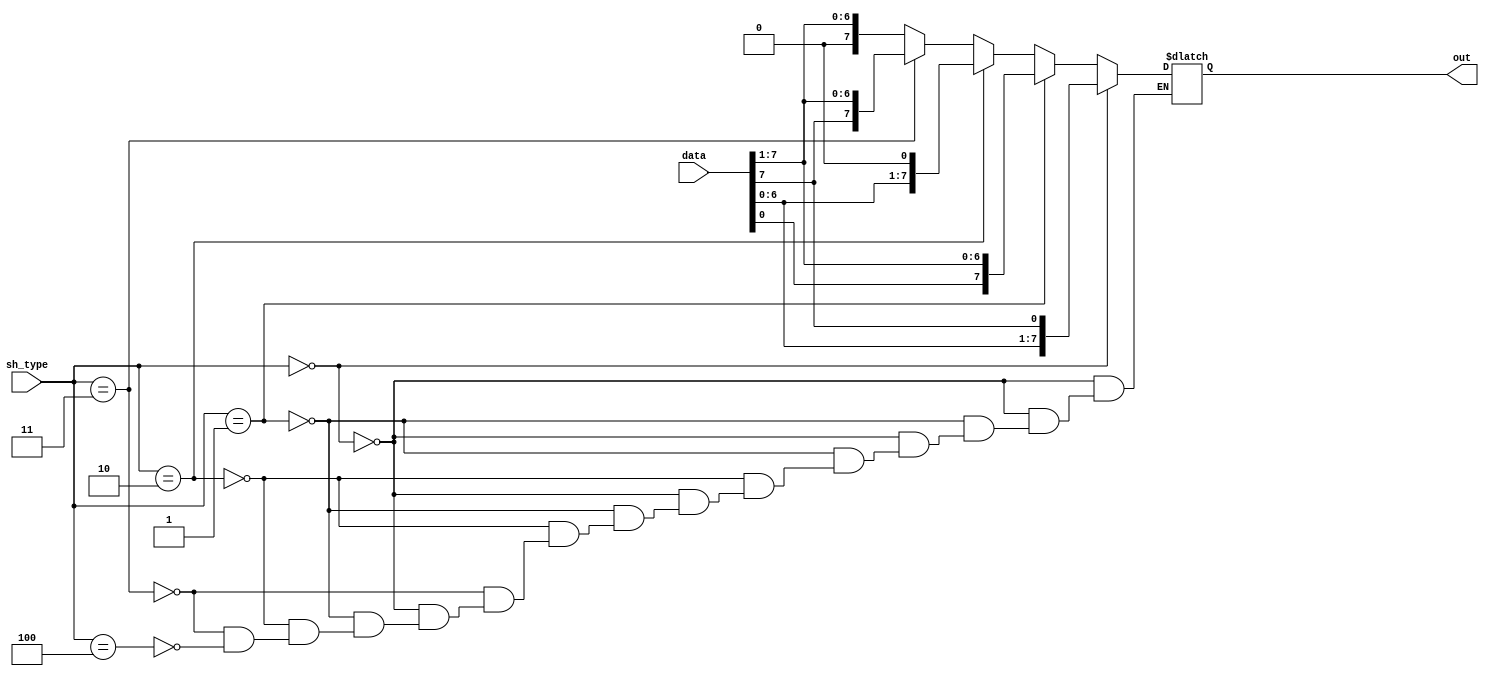

module shifter(data, sh_type, out);
	input [7:0] data;
	input [2:0] sh_type;
	
	output reg [7:0] out;
	
	always @(*)
	begin
		if(sh_type==3'd0) 					//rotate left
			out = {data[6:0],data[7]};
		else if(sh_type==3'd1)					//rotate right
			out = {data[0],data[7:1]};
		else if(sh_type==3'd2)					//shift left
			out = {data[6:0],1'b0};
		else if(sh_type==3'd3)					//arithmetic shift right
			out = {data[7],data[7:1]};
		else if(sh_type==3'd4)					// logical shift right
			out = {1'b0,data[7:1]};
	end

endmodule